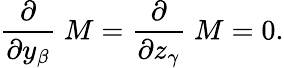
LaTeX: {\frac{\partial}{\partial y_{\beta}}}\; M={\frac{\partial}{\partial z_{\gamma}}}\; M=0.